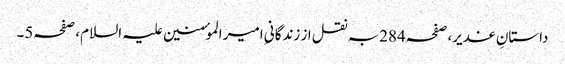
داستانِ غدیر،صفحہ284بہ نقل از زندگانیِ امیر الموٴمنین علیہ السلام، صفحہ5۔